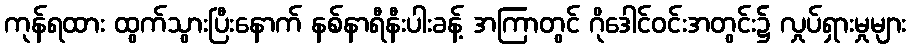
ကုန်ရထား ထွက်သွားပြီးနောက် နစ်နာရီနီးပါးခန့် အကြာတွင် ဂိုဒေါင်ဝင်းအတွင်း၌ လှုပ်ရှားမှုများ